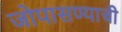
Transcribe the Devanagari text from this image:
जोपासण्याची